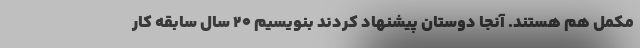
مکمل هم هستند. آنجا دوستان پیشنهاد کردند بنویسیم ۲۰ سال سابقه کار